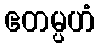
ဧတမ္ပဟံ